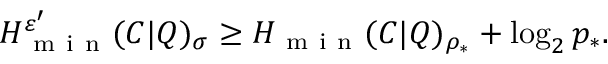
H _ { \mathrm { ~ m ~ i ~ n ~ } } ^ { \varepsilon ^ { \prime } } ( C | Q ) _ { \sigma } \geq H _ { \mathrm { ~ m ~ i ~ n ~ } } ( C | Q ) _ { \rho _ { \ast } } + \log _ { 2 } p _ { \ast } .